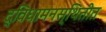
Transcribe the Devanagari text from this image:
द्विधामनस्थितीत